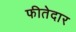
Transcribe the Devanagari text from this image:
फीतेदार